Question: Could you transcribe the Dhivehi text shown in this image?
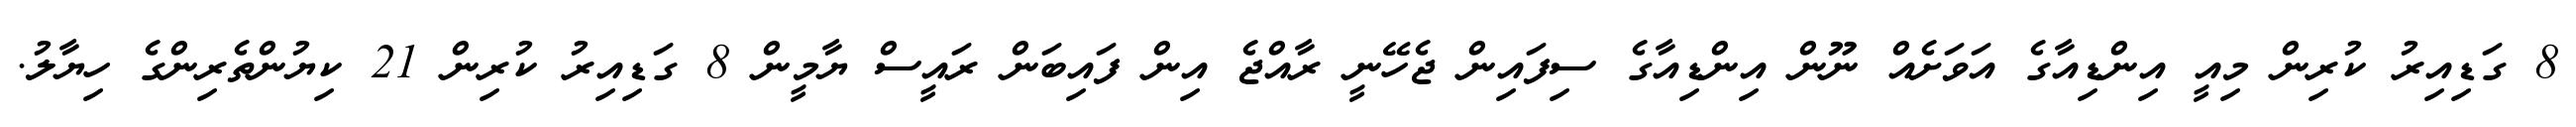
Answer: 8 ގަޑިއިރު ކުރިން މިއީ އިންޑިއާގެ އަވަށެއް ނޫން އިންޑިއާގެ ސިފައިން ޖެހޭނީ ރާއްޖެ އިން ފައިބަން ރައީސް ޔާމީން 8 ގަޑިއިރު ކުރިން 21 ކިޔުންތެރިންގެ ހިޔާލު.